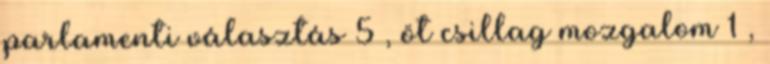
parlamenti választás 5 , öt csillag mozgalom 1 ,